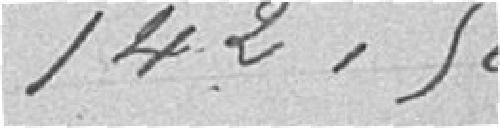
142,90